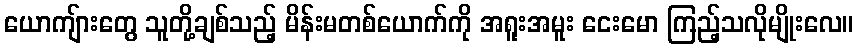
ယောကျ်ားတွေ သူတို့ချစ်သည့် မိန်းမတစ်ယောက်ကို အရူးအမူး ငေးမော ကြည့်သလိုမျိုးလေ။